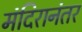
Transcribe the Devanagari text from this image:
मंदिरानंतर